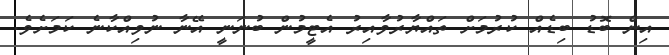
އިން ބޮޑު ބިޑެއް ކުރުމަށް ތައްޔާރުވާއިރު އެޓީމުން ބުނަނީ އޭނާ ނުވިއްކާނެ ކަމަށެވެ.